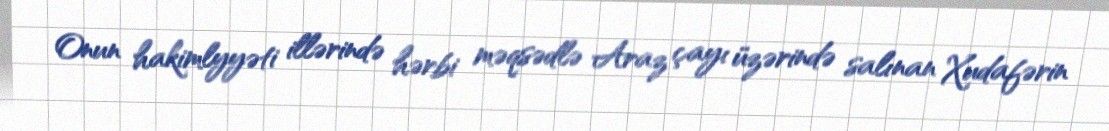
Onun hakimlyyəti illərində hərbi məqsədlə Araz çayı üzərində salınan Xudafərin